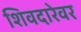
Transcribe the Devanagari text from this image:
शिवदारेवर